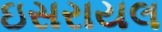
ઇસરાયલ